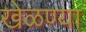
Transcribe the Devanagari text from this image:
खेळण्या